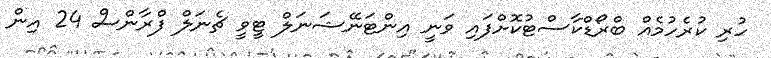
ހުރި ކުރެހުމެއް ބްރޯޑްކާސްޓުކޮށްފައި ވަނީ އިންޓަނޭޝަނަލް ޓީވީ ޗެނަލް ފްރާންސް 24 އިން